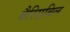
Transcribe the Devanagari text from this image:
वैरिएबिल